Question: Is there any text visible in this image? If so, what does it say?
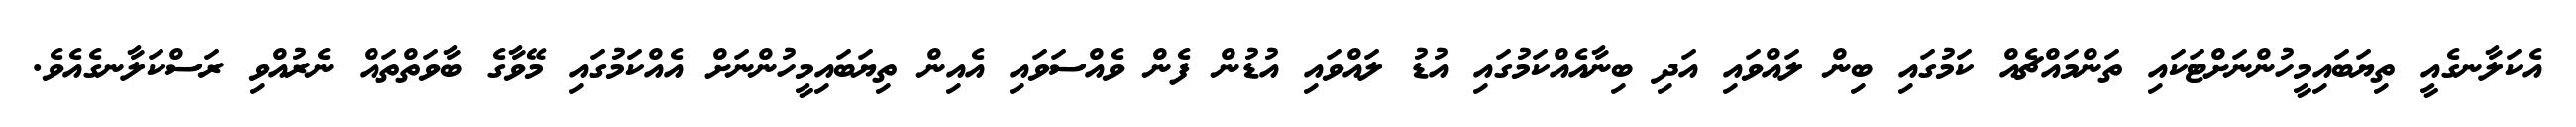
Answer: އެކަލާނގެއީ ތިޔަބައިމީހުންނަށްޓަކައި ތަންމައްޗެއް ކަމުގައި ބިން ލައްވައި އަދި ބިނާއެއްކަމުގައި އުޑު ލައްވައި އުޑުން ފެން ވެއްސަވައި އެއިން ތިޔަބައިމީހުންނަށް އެއްކަމުގައި މޭވާގެ ބާވަތްތައް ނެރުއްވި ރަސްކަލާނގެއެވެ.